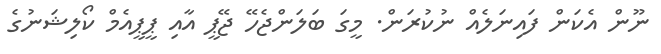
ނޫން އެކަން ފައިނަލެއް ނުކުރަން. މީގަ ބަލަންޖެހޭ ޖޭޕީ އާއި ޕީޕީއެމް ކޯލިޝަނުގެ